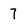
Character: 7